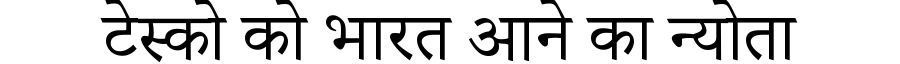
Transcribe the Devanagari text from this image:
टेस्को को भारत आने का न्योता